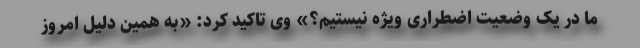
ما در یک وضعیت اضطراری ویژه نیستیم؟» وی تاکید کرد: «به همین دلیل امروز